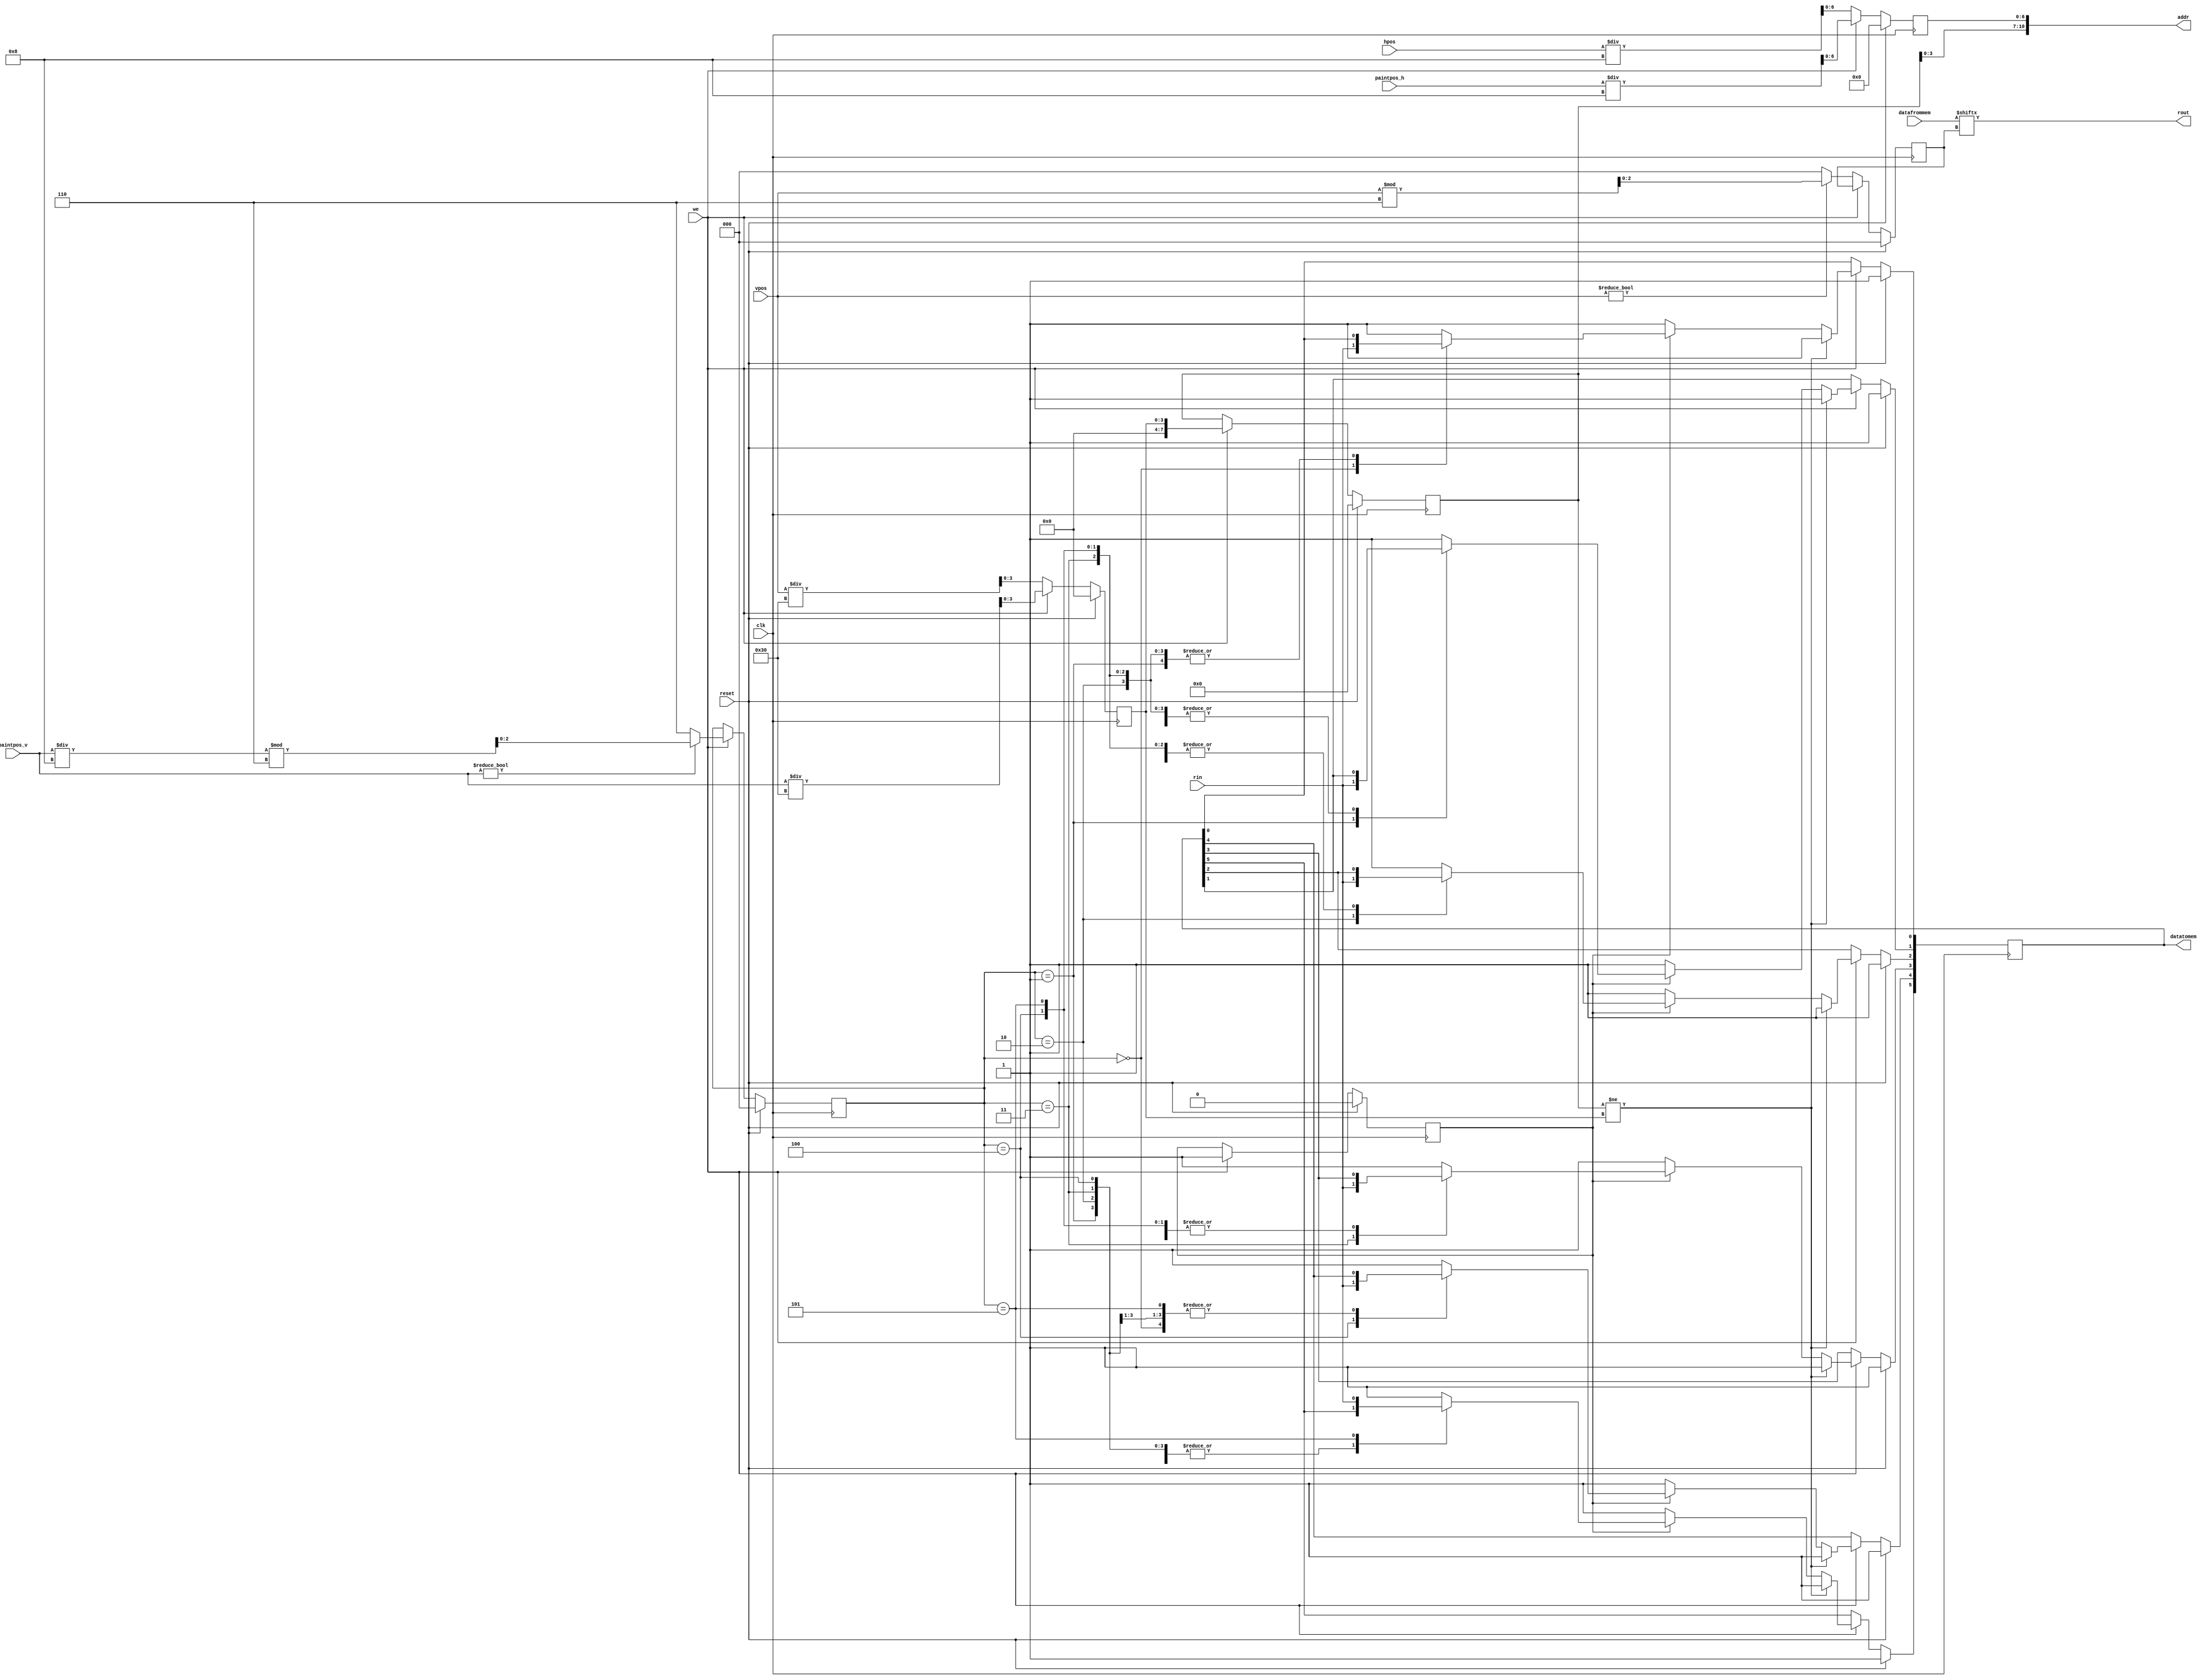
module mem_coder_decoder 
#(
	parameter 	 RES_MULTIPLIER=8,
				 BANKS_NUMBER=10,
				 RESOLUTION_H=80,
				 RESOLUTION_V=60,
				 DATA_WIDTH = 6,
				 RAM_INITIAL_VALUE=6'b111111
)
(input clk,
 input reset,
 input [9:0] hpos ,
 input [9:0] vpos ,
 input [9:0] paintpos_h ,
 input [9:0] paintpos_v ,
 input [DATA_WIDTH-1:0] datafrommem,
 input rin,
 input we,
		 
 output rout,
 output [DATA_WIDTH-1:0] datatomem,
 output [10:0] addr
);

reg [3:0] bankselect=0;
reg [6:0] regselect=0; 
reg [2:0] dataselect_r=0;
reg [2:0] dataselect_w=0;
reg [5:0] databuf=RAM_INITIAL_VALUE;
reg webuf;
reg [7:0]bankchange=0;

//Read from memory
always@ (posedge clk) begin
if(reset) begin 
databuf=RAM_INITIAL_VALUE;
bankselect=0;
regselect=0;
dataselect_r=0;
dataselect_w=0;
webuf=0;
bankchange=0;
end
else begin
	if(~we) begin
		bankselect<=vpos/(DATA_WIDTH*RES_MULTIPLIER);

		regselect<=hpos/RES_MULTIPLIER;

		if (vpos!=0) dataselect_r <=vpos%DATA_WIDTH;
		else dataselect_r <=0;
		
		end
	else if(we) begin
		webuf<=we;
		//Write to memory
		bankselect<=paintpos_v/(DATA_WIDTH*RES_MULTIPLIER);

		regselect<=paintpos_h/RES_MULTIPLIER;
		
		if (paintpos_v!=0) dataselect_w <=(paintpos_v/RES_MULTIPLIER)%DATA_WIDTH;
		else dataselect_w <=3'd6;
		
		
		bankchange <= bankselect;
		
		if(bankchange!=bankselect)databuf<=RAM_INITIAL_VALUE;
		else begin
			if(webuf) begin
				case (dataselect_w) 
					0:databuf[0]<= rin;
					3'd1:databuf [1]<= rin;
					3'd2:databuf [2]<= rin;
					3'd3:databuf [3]<= rin;
					3'd4:databuf [4]<= rin;
					3'd5: databuf [5]<= rin;
					default databuf<= RAM_INITIAL_VALUE;
				endcase
			end
			else databuf<= RAM_INITIAL_VALUE;
		end

	end
end
end




//addr to memory
assign addr = {bankchange,regselect};

//Read from memory
//data from memory, then rout to vga
assign rout = datafrommem[dataselect_r];

//Write to memory
//rin from brush, then data to memory
assign datatomem = databuf;

endmodule